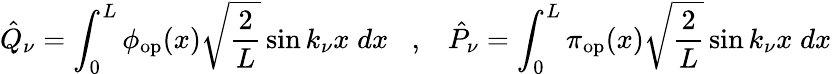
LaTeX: \hat{Q}_{\nu}=\int_{0}^{L}\phi_{\mathrm{op}}(x)\sqrt{\frac{2}{L}}\sin k_{\nu}x\; dx\; \; \; ,\; \; \; \hat{P}_{\nu}=\int_{0}^{L}\pi_{\mathrm{op}}(x)\sqrt{\frac{2}{L}}\sin k_{\nu}x\; dx